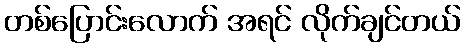
တစ်ပြောင်းလောက် အရင် လိုက်ချင်တယ်